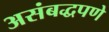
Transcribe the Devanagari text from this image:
असंबद्धपणे